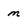
Character: m